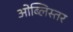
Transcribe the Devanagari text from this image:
ओब्लिस्तर